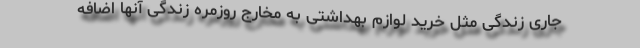
جاری زندگی مثل خرید لوازم بهداشتی به مخارج روزمره زندگی آنها اضافه